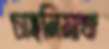
চাহনিমাখা